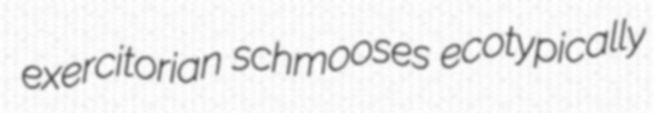
exercitorian schmooses ecotypically